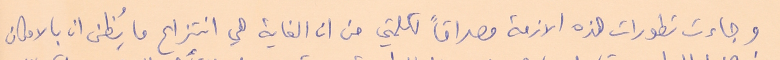
وجاءت تطورات هذه الازمة مصداقاً لكلمتي من ان الغاية هي انتزاع ما يُظن ان بالامكان